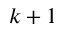
k + 1